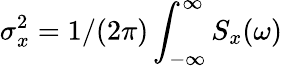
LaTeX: \sigma_{x}^{2}=1/(2\pi)\int_{-\infty}^{\infty}S_{x}(\omega)